Cholera in India, 1862 to 1881
Year: 1862
Disease focus: Cholera
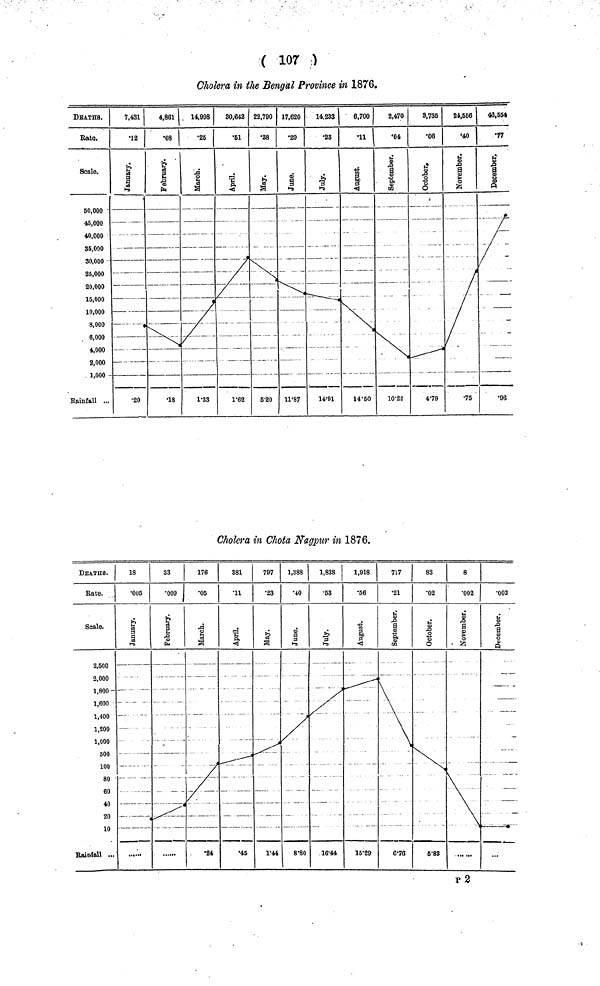
( 107 )
Cholera in the Bengal Province in 1876.
Cholera in Chota Nagpur in 1876.